Trukikaitis_Postimees, lk 105
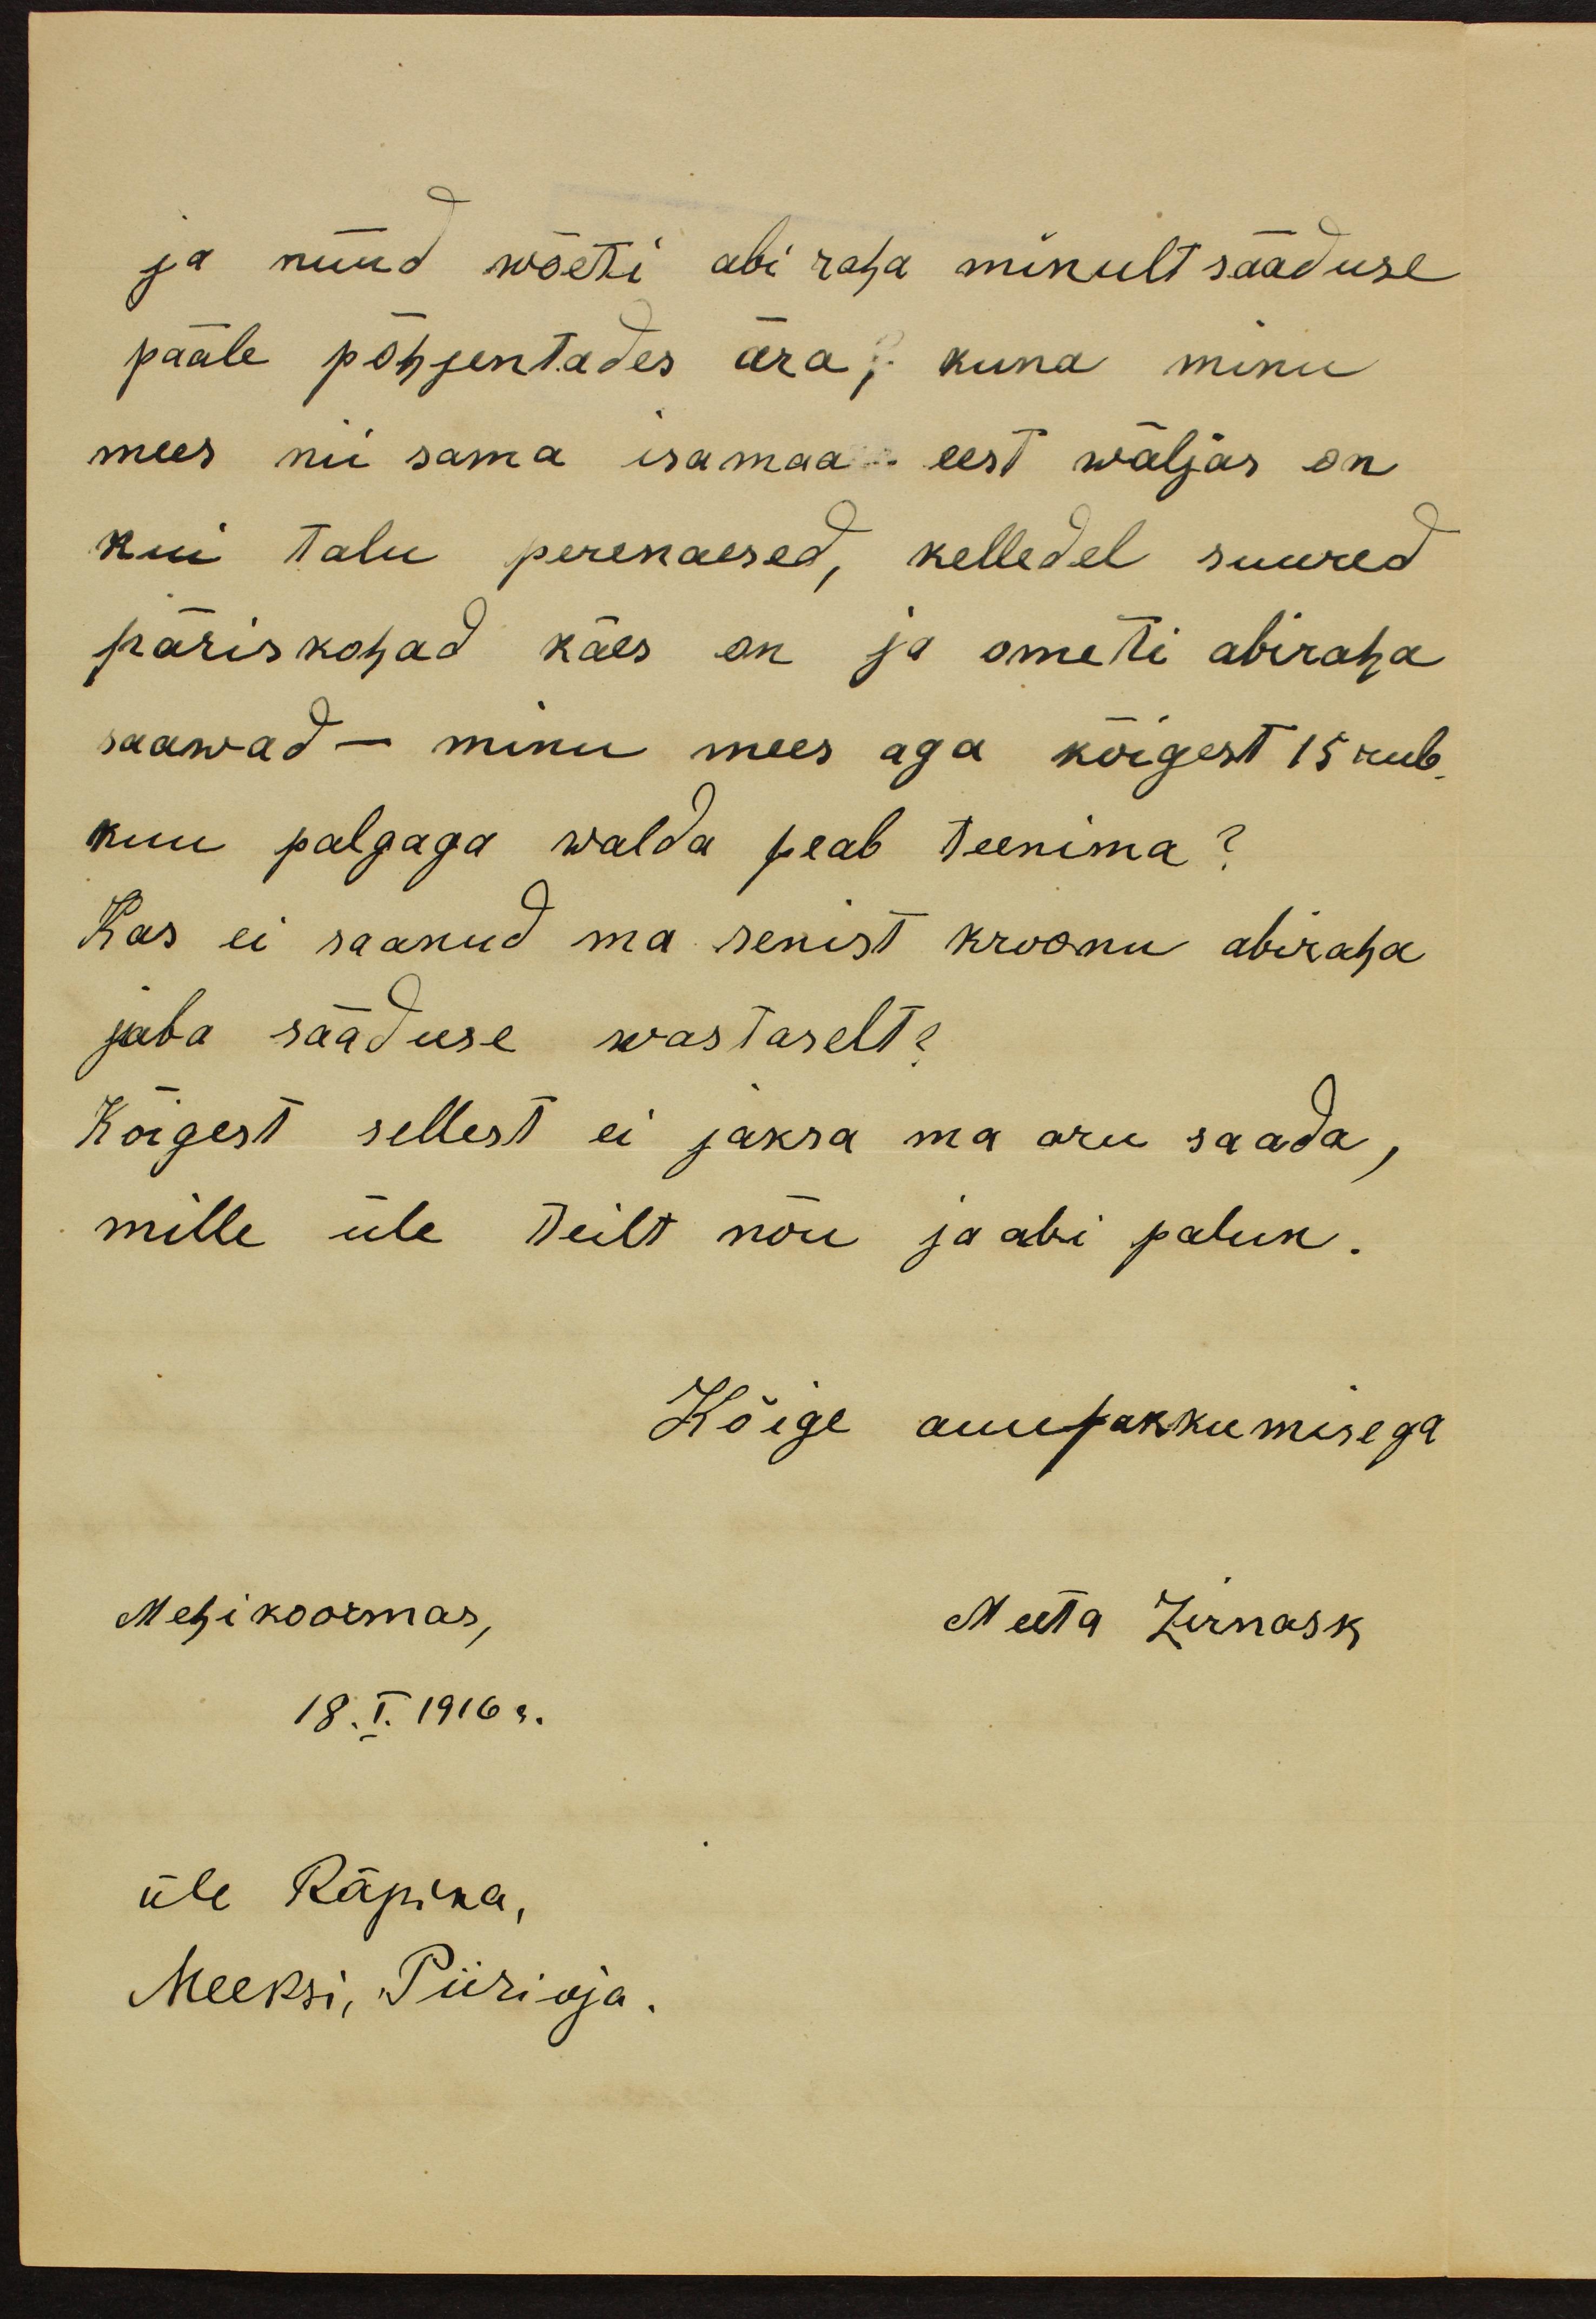
ja nüüd wõeti abi raha minult sääduse
pääle põhjentades ära? kuna minu
mees nii sama isamaa eest wäljas on
kui talu perenaesed, kelledel suured
päriskohad käes on ja ameti abiraha
saawad - minu mees aga kõigest 15 rub.
kuu palgaga walda peab teenima?
Kas ei saanud ma senist kroonu abiraha
juba sääduse wastaselt?
Kõigest sellest ei jaksa ma aru saada,
mille üle Teilt nõu ja abi palun.
Kõige auupakkumisega
Mehikoormas,
Meeta Zirnask
18.I.1916 s.
üle Räpina,
Meeksi, Piirioja.